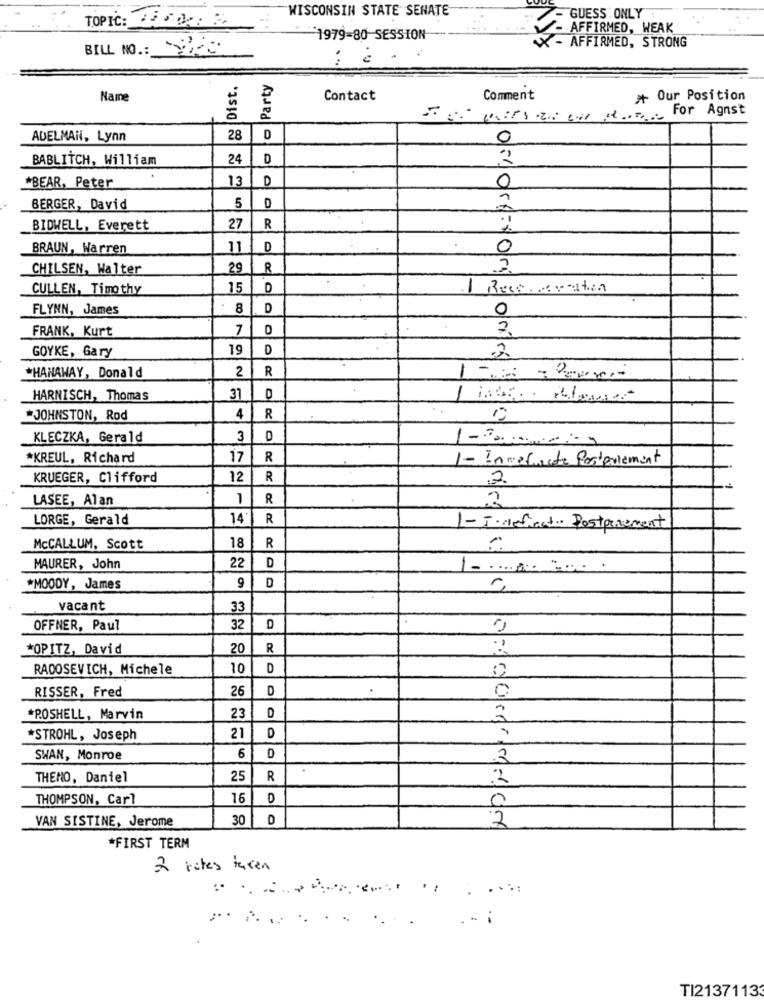
WISCONSIN STATE SENATE
GUESS ONLY:
TOPIC: TERM: 3
-AFFIRMED, WEAK
1979-80 SESSION
BILL NO .: 2-C:
X- AFFIRMED, STRONG
...
Dist.
- Party
Name
Contact
Comment
* Our Position
For Agnst
ADELMAil, Lynn
0
BABLITCH, William
24
D
2
13
D
0
*BEAR, Peter
D
BERGER, David
5
BIDWELL, Everett
27
R
BRAUN, Warren
11
D
0
CHILSEN, Walter
29
R
CULLEN, Timothy
15
D
I Rese vation
FLYNN, James
8
D
0
FRANK, Kurt
7
GOYKE, Gary
19
D
2
*HANAWAY, Donald
2
R
-
HARNISCH, Thomas
31
-
*JOHNSTON, Rod
4
R
KLECZKA, Gerald
3
*KREUL, Richard
17
R
1- Inmediato Posterlement
KRUEGER, Clifford
12
R
2
LASEE, Alan
1
R
2
LORGE, Gerald
14
R
1-I. defect Postponement
McCALLUM, Scott
18
R
22
D
MAURER, John
D
*MOODY, James
9
vacant
33
OFFNER, Paul
32
D
*OPITZ, David
20
R
RADOSEVICH, Michele
10
D
26
D
RISSER, Fred
*ROSHELL, Marvin
23
D
*STROHL, Joseph
21
D
SWAN, Monroe
6
D
THENO, Daniel
25
R
THOMPSON, Carl
16
0
VAN SISTINE, Jerome
30
D
2
*FIRST TERM
2 rites taken
" i
TI21371133